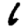
Digit: 6